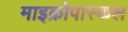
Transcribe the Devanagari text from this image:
माइक्रोपास्कल